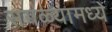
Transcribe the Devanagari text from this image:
सगळ्यामध्ये